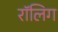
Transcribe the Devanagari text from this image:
रॉलिग